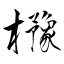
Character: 櫲